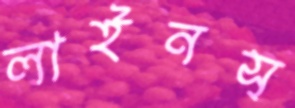
লাইনস্